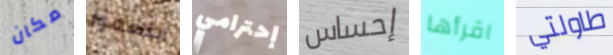
مكان ابتسموا إحترامي إحساس اقرأها طاولتي